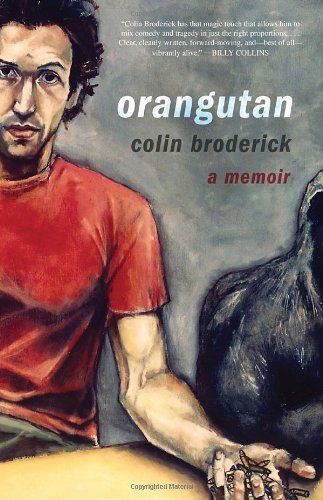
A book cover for Orangutan: A Memoir; Colin Broderick; Biographies & Memoirs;